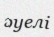
әуелі